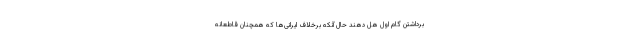
برداشتن گام اول هُل دهند حال آنکه برخلاف ایرانی‌ها که همچنان قاطعانه